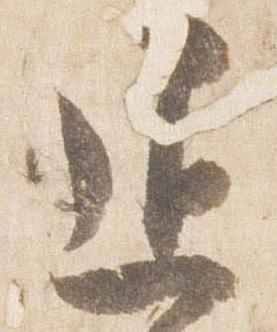
退